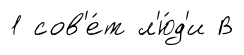
1 сов'е́т л'ю́д'и В